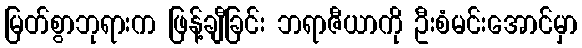
မြတ်စွာဘုရားက ဖြန့်ချီခြင်း ဘရာဇီယာကို ဦးစံမင်းအောင်မှာ